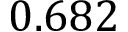
0 . 6 8 2